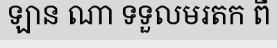
ឡាន ណា ទទួលមរតក ពី